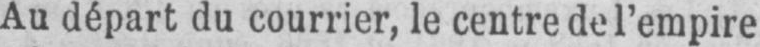
Au départ du courrier, le centre de l’empire